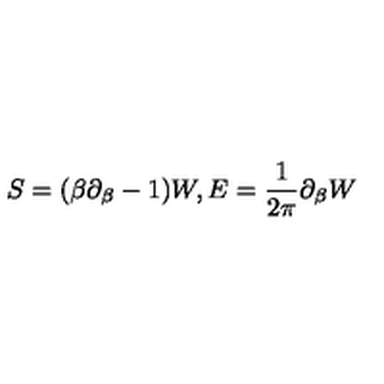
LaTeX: S = ( \beta \partial _ { \beta } - 1 ) W , E = { \frac { 1 } { 2 \pi } } \partial _ { \beta } W